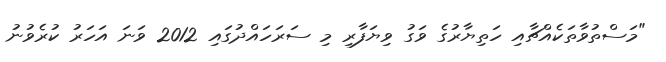
"މަސްތުވާތަކެއްޗާއި ހަތިޔާރުގެ ވަގު ވިޔަފާރި މި ސަރަހައްދުގައި 2012 ވަނަ އަހަރު ކުރެވުނު